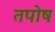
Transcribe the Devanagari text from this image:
तपोष